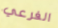
الفرعي